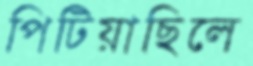
পিটিয়াছিলে